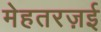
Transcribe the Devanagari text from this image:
मेहतरज़ई